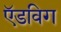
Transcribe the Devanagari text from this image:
ऍडविग